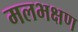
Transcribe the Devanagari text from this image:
मलभक्षण